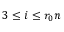
3 \le i \le r _ { 0 } n